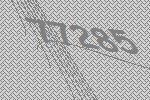
77285